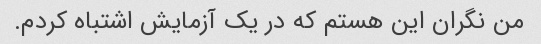
من نگران این هستم که در یک آزمایش اشتباه کردم.